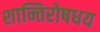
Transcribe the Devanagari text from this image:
शान्तिरोषधय